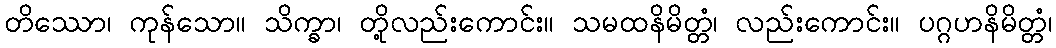
တိဿော၊ ကုန်သော။ သိက္ခာ၊ တို့လည်းကောင်း။ သမထနိမိတ္တံ၊ လည်းကောင်း။ ပဂ္ဂဟနိမိတ္တံ၊